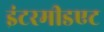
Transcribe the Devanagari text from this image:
इंटरमीडएट